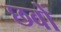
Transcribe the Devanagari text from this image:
छवों